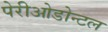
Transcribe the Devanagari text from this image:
पेरीओडोन्टल